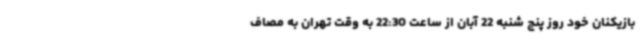
بازیکنان خود روز پنج شنبه 22 آبان از ساعت 22:30 به وقت تهران به مصاف